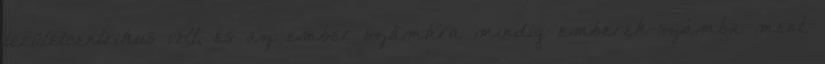
területcentrikus volt, és az ember számára mindig emberek-számba ment.